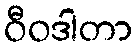
ဝီဝဒါတာ